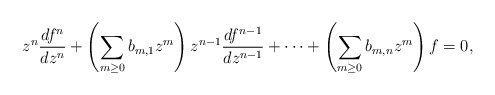
\begin{align*} z^n\frac{df^n}{dz^n} + \left(\sum_{m \geq 0} b_{m,1}z^m\right)z^{n-1}\frac{df^{n-1}}{dz^{n-1}} + \cdots +\left(\sum_{m \geq 0} b_{m,n}z^m\right)f = 0,\end{align*}